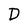
Character: D